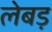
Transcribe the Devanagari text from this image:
लेबड़